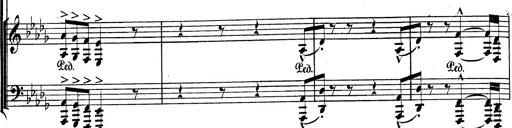
Title: BÃ©nÃ©diction et serment
Composer: Franz Liszt